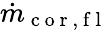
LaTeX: \dot{m}_{\mathrm{~c~o~r~,~f~l~}}